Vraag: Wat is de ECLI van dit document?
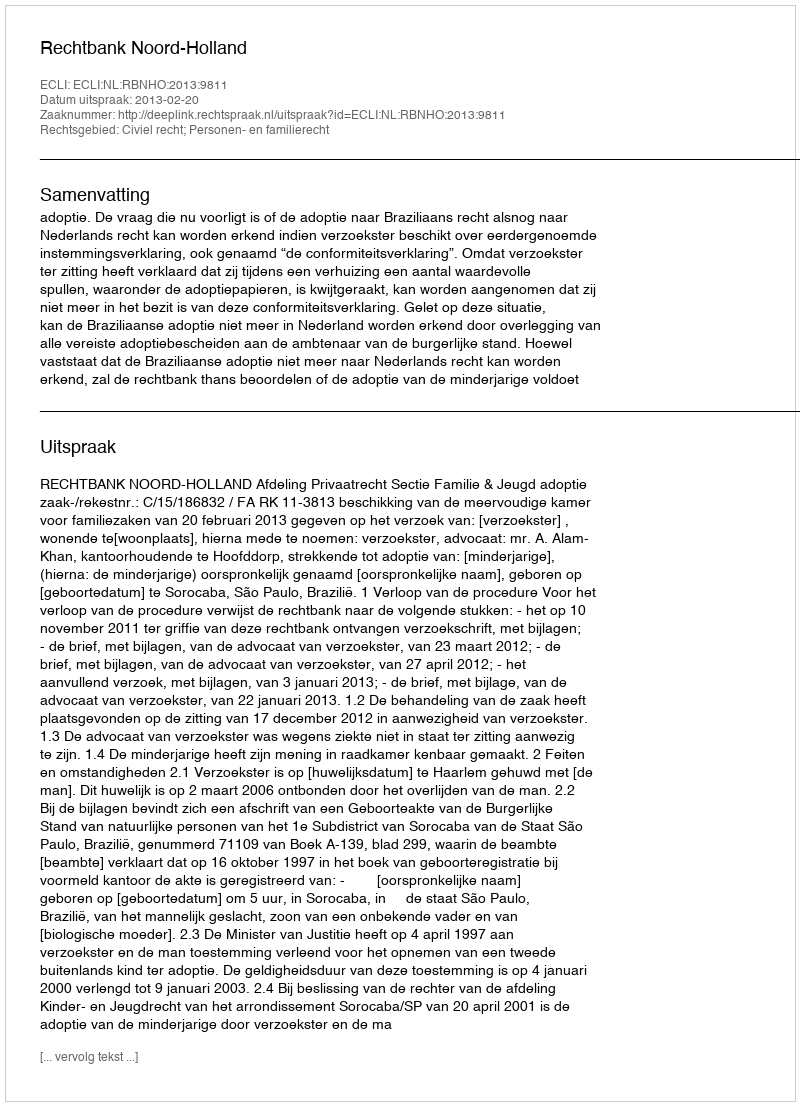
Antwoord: ECLI:NL:RBNHO:2013:9811